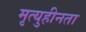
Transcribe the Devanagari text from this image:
मृत्युहीनता